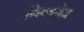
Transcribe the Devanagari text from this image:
गिल्डरोज़